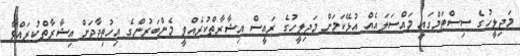
މަޖިލީހުގެ ސިސްޓަމްގައި މައްސަލައެއް އުޅޭކަމަށް މަޖިލީހުގެ ރައީސް އިޝާރާތްކުރެއްވީ މެންބަރުންގެ އިހުތިޖާޖަށް އިޝާރާތްކުރައްވާ